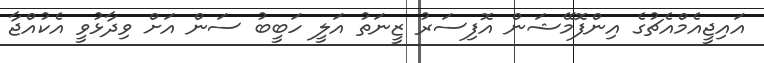
އައިޖީއެމްއެޗުގެ އިންފޮމޭޝަން އޮފިސަރު ޒީނަތު އަލީ ހަބީބު ސަން އަށް ވިދާޅުވީ އެކުއްޖާ